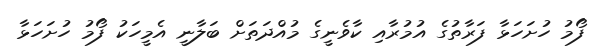
ފޯމު ހުށަހަޅާ ފަރާތުގެ އުމުރާއި ކާވެނީގެ މުއްދަތަށް ބަލާނީ އެމީހަކު ފޯމު ހުށަހަޅާ